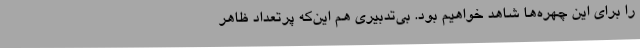
را برای این چهره‌ها شاهد خواهیم بود. بی‌تدبیری هم این‌که پرتعداد ظاهر